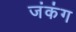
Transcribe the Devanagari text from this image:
जंकंग